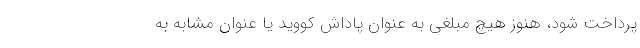
پرداخت شود، هنوز هیچ مبلغی به عنوان پاداش کووید یا عنوان مشابه به